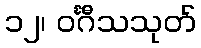
၁၂၊ ဝင်္ဂီသသုတ်